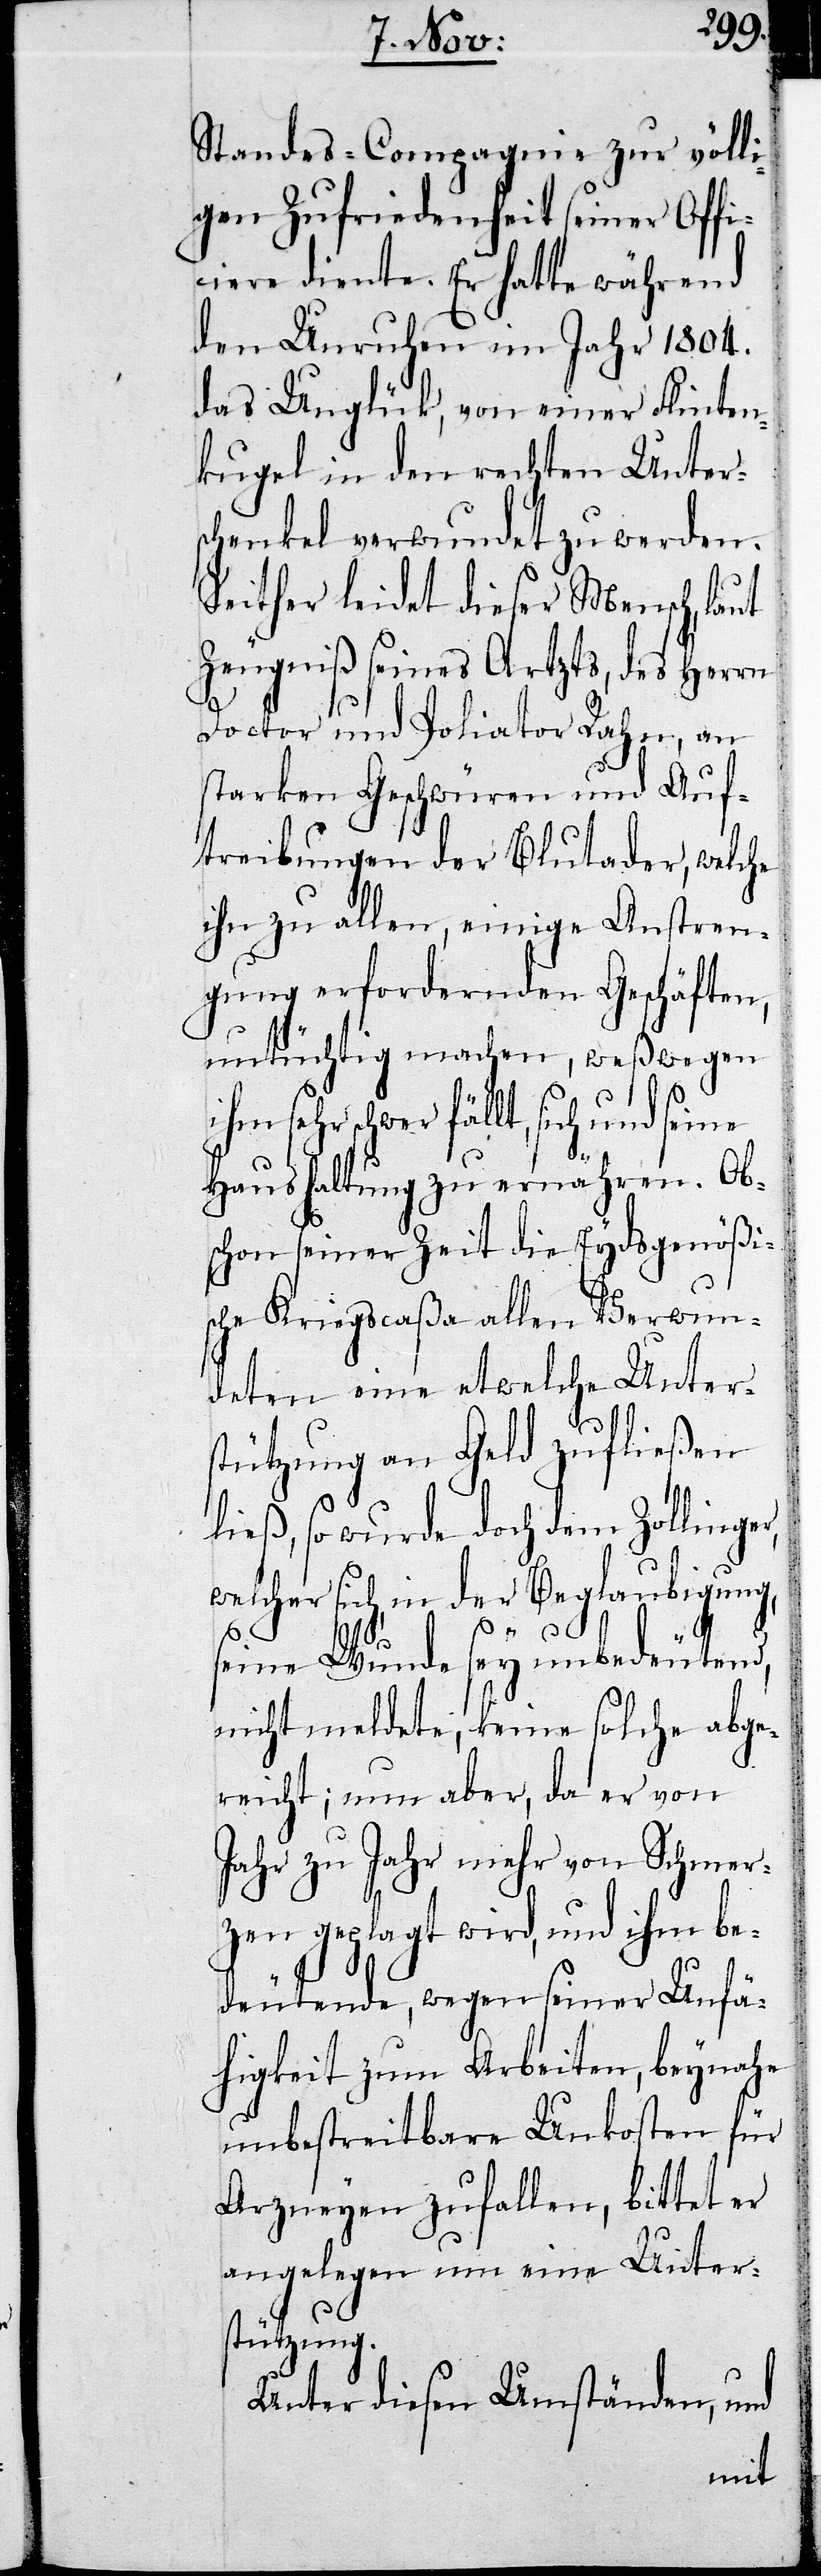
Standes-Compagnie zur völli¬
gen Zufriedenheit seiner Offi¬
ciere diente. Er hatte während
den Unruhen im Jahr 1804.
das Unglück, von einer Flinten¬
kugel in den rechten Unters¬
chenkel verwundet zu werden.
Seither leidet dieser Mensch, laut
Doctor und Poliator Rahn, an
starken Geschwüren und Auf¬
treibungen der Blutader, welche
ihn zu allen, einige Anstren¬
gungen erfordernden Geschäften,
untüchtig machen, weßwegen
sehr schwer fällt, sich und
Haushaltung zu ernähren. Ob¬
schon seiner Zeit die Eydsgenößi¬
sche Kriegscaßa allen Verwun¬
deten eine etwelche Unter¬
stützung an Geld zufließen
ließ, so wurde doch dem Zollinger,
welcher sich, in der Beglaubigung,
seine Wunde sey unbedeutend,
nicht meldete, keine solche abge¬
reicht; nun aber, da er von
Jahr zu Jahr mehr von Schmer¬
zen geplagt wird, und ihm be¬
deutende, wegen seiner Unfä¬
higkeit zum Arbeiten, beynahe
unbestreitbare Unkosten für
Arzneyen zufallen, bittet er
angelegen um eine Unters¬
tützung.
Unter diesen Umständen, und